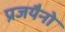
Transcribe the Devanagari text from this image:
प्रजयैनो